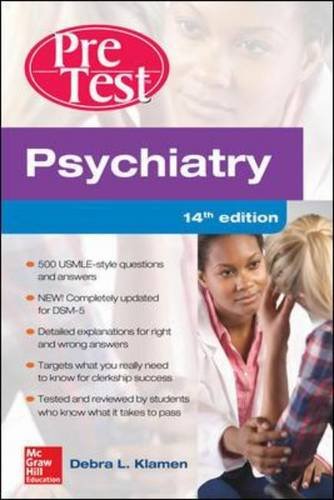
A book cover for Psychiatry PreTest Self-Assessment And Review, 14th Edition; Debra Klamen; Medical Books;